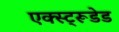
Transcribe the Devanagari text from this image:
एक्स्ट्रूडेड